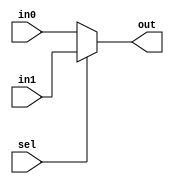
module Mux2To1(out, in0, in1, sel);
	input in0, in1, sel;
	output out;
	assign out = (sel == 0) ? in0 : in1;
endmodule

module Mux2To1Bits8(out, in0, in1, sel);
	input [7:0] in0, in1;
	input sel;
	output [7:0] out;
	
	genvar k;
	generate
		for (k = 0; k < 8; k = k+1)
		begin: muxLoop1
			Mux2To1 m1(out[k], in0[k], in1[k], sel);
		end
	endgenerate
endmodule

module Mux2To1Bits32(out, in0, in1, sel);
	parameter w = 8;
	input [31:0] in0, in1;
	input sel;
	output [31:0] out;

	genvar j;
	generate
		for (j = 0; j < 4; j = j+1)
		begin: muxLoop2
			Mux2To1Bits8 m2(out[w*j+w-1: w*j], in0[w*j+w-1: w*j], in1[w*j+w-1: w*j], sel);
		end
	endgenerate
endmodule

module Mux3To1Bits32(out, in0, in1, in2, sel);
	input [31:0] in0, in1, in2;
	input [1:0] sel;
	output [31:0] out;

	wire [31:0] in3Dummy = 32'b0;
	wire [31:0] out01, out23;
	
	Mux2To1Bits32 m0(out01, in0, in1, sel[0]);
	Mux2To1Bits32 m1(out23, in2, in3Dummy, sel[0]);

	Mux2To1Bits32 m2(out, out01, out23, sel[1]);
endmodule

module AndBits32(out, in0, in1);
	input [31:0] in0, in1;
	output [31:0] out;
	assign out = in0 & in1;
endmodule

module OrBits32(out, in0, in1);
	input [31:0] in0, in1;
	output[31:0] out;
	assign out = in0 | in1;
endmodule

module FullAdderBits32(cout, sum, in0, in1, cin);
	input [31:0] in0, in1;
	input cin;
	output cout;
	output [31:0] sum;

	assign {cout, sum} = in0 + in1 + cin;
endmodule

module ALUBits32(a, b, binvert, cin, op, out, cout);
	input [31:0] a, b;
	input binvert, cin;
	input [1:0] op;

	output [31:0] out;
	output cout;

	wire [31:0] bin, andOut, orOut, sum;

	assign bin = (binvert == 0) ? b : ~b;

	AndBits32 a0(andOut, a, bin);
	OrBits32 o0(orOut, a, bin);
	FullAdderBits32 fa0(cout, sum, a, bin, cin);

	Mux3To1Bits32 m0(out, andOut, orOut, sum, op);
endmodule

module TestBench;
	reg binvert, cin;
	reg [1:0] op;
	reg [31:0] a, b;
	wire [31:0] out;
	wire cout;

	ALUBits32 alu(a, b, binvert, cin, op, out, cout);

	initial
	begin
		$monitor($time, "\t%d\t%d\t%d", a, b, out);
		a = 32'd1; b = 32'd3; cin = 0; binvert = 0; op = 2'b01;
		#5 a = 32'd15; b = 32'd16; cin = 1; binvert = 1; op = 2'b10;
	end
endmodule